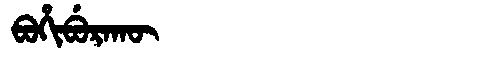
Manchu: ᠪᠣᡥᡳᠪᡠᡵᠠᡴᡡ
Romanization: BOHIBURAKŪ